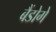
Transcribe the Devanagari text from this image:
बैंडोगे